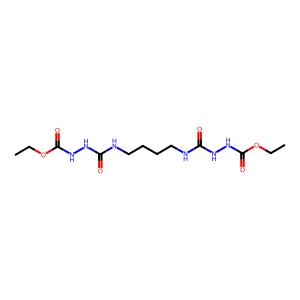
SMILES: CCOC(=O)NNC(=O)NCCCCNC(=O)NNC(=O)OCC
Inhibits HIV replication: No